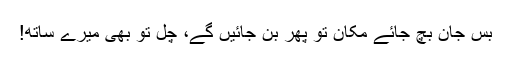
بس جان بچ جائے مکان تو پھر بن جائیں گے، چل توْ بھی میرے ساتھ!